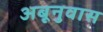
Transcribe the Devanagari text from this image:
अबूनुवास